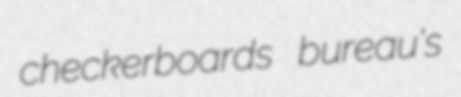
checkerboards bureau's